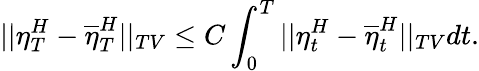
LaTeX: ||\eta_{T}^{H}-\overline{{\eta}}_{T}^{H}||_{TV}\leq C\int_{0}^{T}||\eta_{t}^{H}-\overline{{\eta}}_{t}^{H}||_{TV}dt.